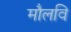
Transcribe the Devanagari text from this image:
मौलवि